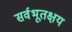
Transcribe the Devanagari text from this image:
सर्वभूतक्षय